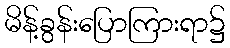
မိန့်ခွန်းပြောကြားရာ၌